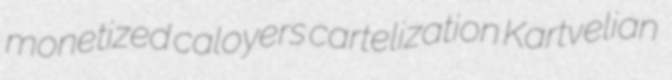
monetized caloyers cartelization Kartvelian